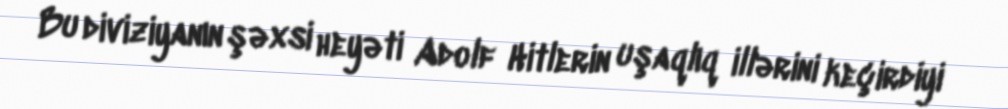
Bu diviziyanın şəxsi heyəti Adolf Hitlerin uşaqlıq illərini keçirdiyi